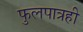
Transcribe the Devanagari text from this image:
फुलपात्रही